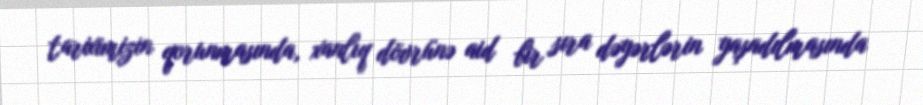
tariximizin qorunmasında, xanlıq dövrünə aid bir sıra dəyərlərin yaşadılmasında